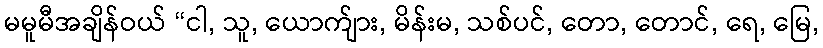
မမူမီအချိန်ဝယ် “ငါ, သူ, ယောက်ျား, မိန်းမ, သစ်ပင်, တော, တောင်, ရေ, မြေ,